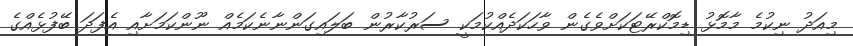
މިއަދު ނިކުމެ މާމޮޅު ޑިމޮކްރޭޓަކަށްވެގެން ވާހަކަދެއްކުމަކީ ސަރުކާރުން ބަލައިގަންނާނެކަމެއް ނޫންކަމަށާއި އެފަދަ ބޭފުޅެއްގެ